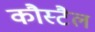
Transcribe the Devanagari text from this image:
कौस्टैल